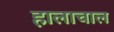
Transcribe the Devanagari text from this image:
हालाचाल